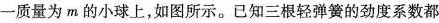
一质量为m的小球上，如图所示。已知三根轻弹簧的劲度系数都